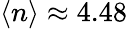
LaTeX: \langle n\rangle\approx 4.48